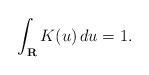
LaTeX: \begin{align*}\int_{{\bf R}}K(u)\,du=1. \end{align*}